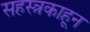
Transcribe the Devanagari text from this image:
सहस्त्रकाहून